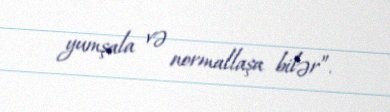
yumşala və normallaşa bilər”.